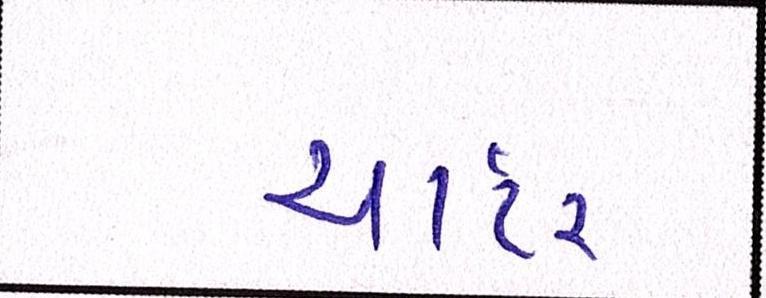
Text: ચાર્ટર